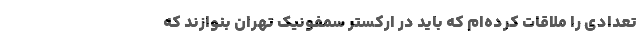
تعدادی را ملاقات کرده‌ام که باید در ارکستر سمفونیک تهران بنوازند که